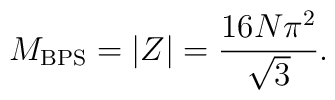
M_{\mathrm{BPS}} = \left| Z \right| = \frac{16 N \pi^2}{\sqrt{3}}.